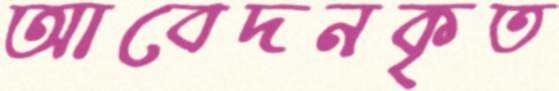
আবেদনকৃত